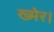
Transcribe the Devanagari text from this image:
ख्मेर।